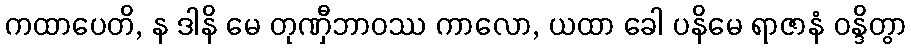
ကထာပေတိ, န ဒါနိ မေ တုဏှီဘာဝဿ ကာလော, ယထာ ခေါ ပနိမေ ရာဇာနံ ဝန္ဒိတွာ